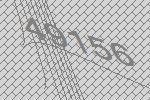
49156